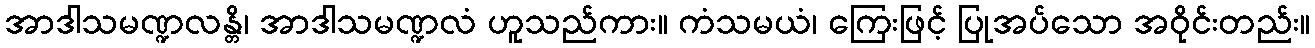
အာဒါသမဏ္ဍလန္တိ၊ အာဒါသမဏ္ဍလံ ဟူသည်ကား။ ကံသမယံ၊ ကြေးဖြင့် ပြုအပ်သော အဝိုင်းတည်း။